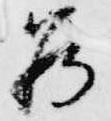
為